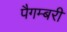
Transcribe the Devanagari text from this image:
पैगम्बरी